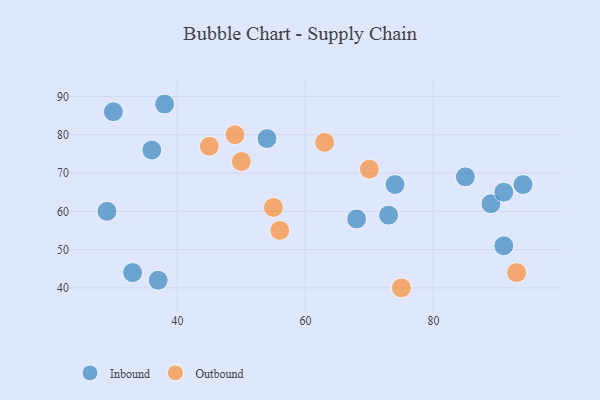
{"axis": {"x": "GDP", "y": "Life Expectancy"}, "legend": ["Inbound", "Outbound"], "data": [{"x": "37", "y": 42, "type": "Inbound"}, {"x": "38", "y": 88, "type": "Inbound"}, {"x": "91", "y": 51, "type": "Inbound"}, {"x": "33", "y": 44, "type": "Inbound"}, {"x": "29", "y": 60, "type": "Inbound"}, {"x": "89", "y": 62, "type": "Inbound"}, {"x": "36", "y": 76, "type": "Inbound"}, {"x": "74", "y": 67, "type": "Inbound"}, {"x": "30", "y": 86, "type": "Inbound"}, {"x": "91", "y": 65, "type": "Inbound"}, {"x": "68", "y": 58, "type": "Inbound"}, {"x": "54", "y": 79, "type": "Inbound"}, {"x": "94", "y": 67, "type": "Inbound"}, {"x": "73", "y": 59, "type": "Inbound"}, {"x": "85", "y": 69, "type": "Inbound"}, {"x": "45", "y": 77, "type": "Outbound"}, {"x": "55", "y": 61, "type": "Outbound"}, {"x": "50", "y": 73, "type": "Outbound"}, {"x": "70", "y": 71, "type": "Outbound"}, {"x": "63", "y": 78, "type": "Outbound"}, {"x": "93", "y": 44, "type": "Outbound"}, {"x": "56", "y": 55, "type": "Outbound"}, {"x": "75", "y": 40, "type": "Outbound"}, {"x": "49", "y": 80, "type": "Outbound"}]}